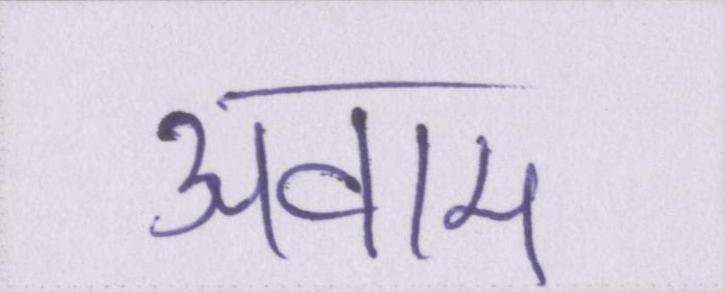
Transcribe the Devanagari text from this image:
अवाम